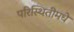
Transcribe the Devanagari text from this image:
परिस्थितीमधे